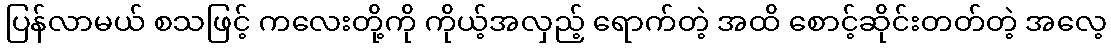
ပြန်လာမယ် စသဖြင့် ကလေးတို့ကို ကိုယ့်အလှည့် ရောက်တဲ့ အထိ စောင့်ဆိုင်းတတ်တဲ့ အလေ့